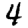
Digit: 4